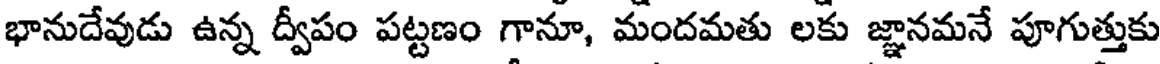
భానుదేవుడు ఉన్న ద్వీపం పట్టణం గానూ, మందమతు లకు జ్ఞానమనే పూగుత్తుకు